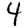
Digit: 4